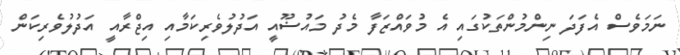
ނަމަވެސް އެފަދަ ނިންމުންތަކުގައި އެ މުވައްޒަފާ މެދު މައުޟޫއީ އަދުލުވެރިކަމާއި އިޖްރާއީ އަދުލުވެރިކަން